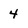
Character: 4